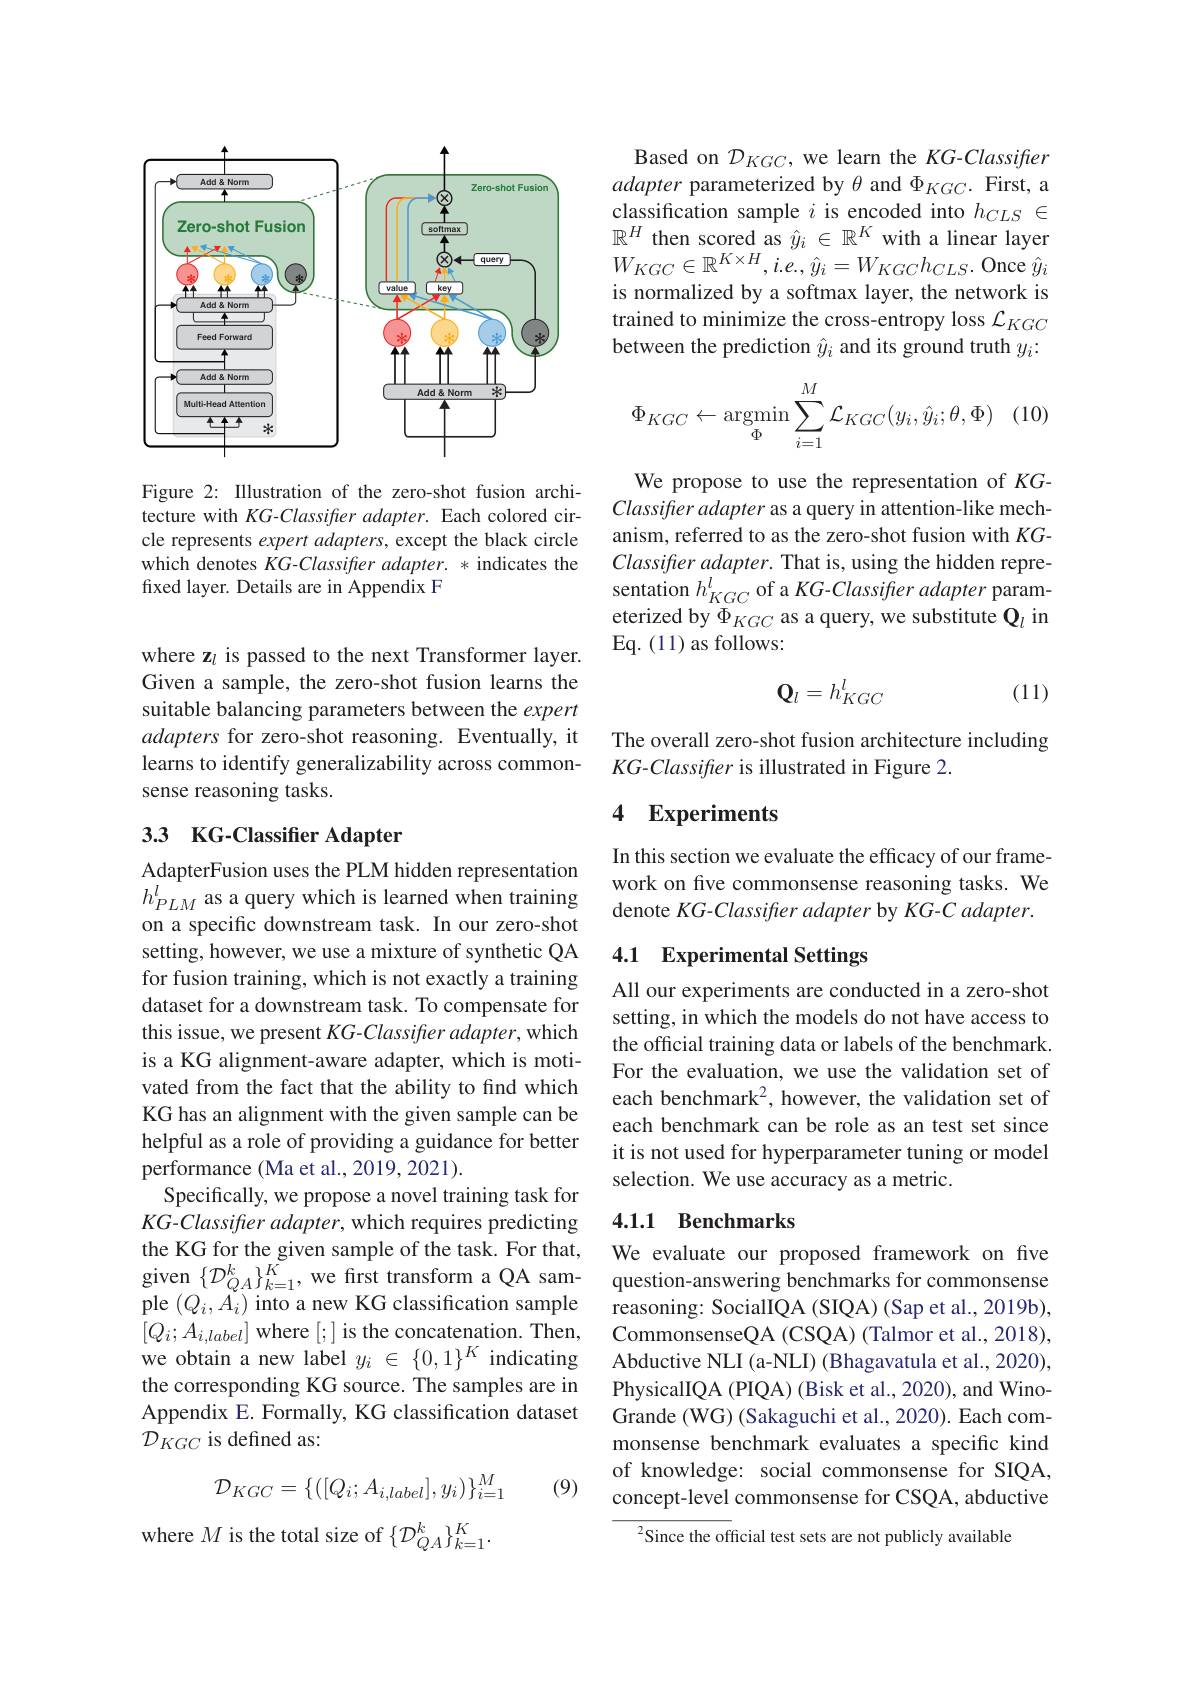
<FigureHere>

Figure 2: Illustration of the zero-shot fusion architecture with KG-Classifter adapter. Each colored circle represents expert adapters, except the black circle which denotes KG-Classifier adapter. * indicates the fixed layer. Details are in Appendix F

where z$_l$ is passed to the next Transformer layer. Given a sample, the zero-shot fusion learns the suitable balancing parameters between the expert adapters for zero-shot reasoning. Eventually, it learns to identify generalizability across commonsense reasoning tasks.

## 33 KG-Classifier Adapter

AdapterFusion uses the PLM hidden representation $h_{PLM}^{l}$ as a query which is learned when training on a specific downstream task. In our zero-shot setting, however, we use a mixture of synthetic QA for fusion training, which is not exactly a training dataset for a downstream task. To compensate for this issue, we present KG-Classifter adapter, which is a KG alignment-aware adapter, which is motivated from the fact that the ability to find which KG has an alignment with the given sample can be helpful as a role of providing a guidance for better performance (Ma et al., 2019, 2021).
Specifically, we propose a novel training task for $KG-Classifier$ adapter, which requires predicting the KG for the given sample of the task. For that, given $\{\mathcal{D}_QA\}_{k=1}^K$, we first transform a QA sam- question-answering benchmarks for commonsense pla $(O_{i},A)$ into a nau $KG_{\text{clacification campla}}$
ple $(Q_i,A_i)$ into a new KG classification sample $[Q_i;A_{i,label}]$ where [;] is the concatenation. Then, we obtain a new label $y_i\in\begin{array}{cc}\{0,1\}^K\\\end{array}$ indicating the corresponding KG source. The samples are in Appendix E. Formally, KG classification dataset $\mathcal{D}_{KGC}$ is defined as:

(9)
$$\mathcal{D}_{KGC}=\{([Q_i;A_{i,label}],y_i)\}_{i=1}^M$$
where $M$ is the total size of $\{\mathcal{D}_QA^k\}_{k=1}^K.$

Based on $\mathcal{D}_{KGC}$, we learn the $KG-Classifter$ adapter parameterized by $\theta$ and $\Phi_{KGC}.$ First, a classification sample $i$ is encoded into $h_{CLS}\in$ $\mathbb{R}^H$ then scored as $\hat{y}_i\in\mathbb{R}^K$ with a linear layer $W_{KGC}\in\mathbb{R}^{K\times H},i.e.,\hat{y}_{i}=W_{KGC}h_{CLS}.$ Once $\hat{y}_{i}$ is normalized by a softmax layer, the network is trained to minimize the cross-entropy loss $\mathcal{L}_{KGC}$ between the prediction $\hat{y}_i$ and its ground truth $y_i:$
$$\Phi_{KGC}\leftarrow\underset{\Phi}{\text{argmin}}\sum_{i=1}^{M}\mathcal{L}_{KGC}(y_{i},\hat{y}_{i};\theta,\Phi)$$
We propose to use the representation of $KG-$ Classifteradapter as a query in attention-like mechanism, referred to as the zero-shot fusion with $KG$- $Classifteradapter.$ That is, using the hidden representation $h_{KGC}^{l}$ of a $KG-Classifter$ adapter parameterized by $\Phi_{KGC}$ as a query, we substitute $\mathbf{Q}_l$ in Eq. (11) as follows:
$$\mathbf{Q}_l=h_{KGC}^l$$
(11)

The overall zero-shot fusion architecture including
KG-Classifier is illustrated in Figure 2.

### 4 Experiments

In this section we evaluate the efficacy of our framework on five commonsense reasoning tasks. We denote KG-Classifrer adapter by KG-C adapter.

## 4.1 Experimental Settings

All our experiments are conducted in a zero-shot setting, in which the models do not have access to the official training data or labels of the benchmark. For the evaluation, we use the validation set of each benchmark$^2$, however, the validation set of each benchmark can be role as an test set since it is not used for hyperparameter tuning or model selection. We use accuracy as a metric.

### 4.1.1 Benchmarks

We evaluate our proposed framework on five reasoning: SocialIQA (SIQA) (Sap et al., 2019b), CommonsenseQA (CSQA) (Talmor et al., 2018), Abductive NLI (a-NLI) (Bhagavatula et al., 2020), PhysicalIQA (PIQA) (Bisk et al., 2020), and WinoGrande (WG) (Sakaguchi et al., 2020). Each commonsense benchmark evaluates a specific kind of knowledge: social commonsense for SIQA, concept-level commonsense for CSQA, abductive

Since the official test sets are not publicly available